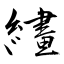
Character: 繣